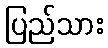
ပြည်သား